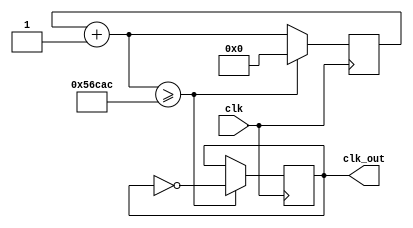
`timescale 1ns / 1ps


module divizor(clk, clk_out);
    input clk;
    localparam din = 355500;
    
    reg [31:0] contor;
    output reg clk_out = 0;
    always @(posedge clk)
        begin
            contor = contor + 1;
            if(contor >= din)
                 begin
                    contor = 0;
                    clk_out = ~clk_out;
                 end
        end
        
            
endmodule